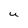
Character: U